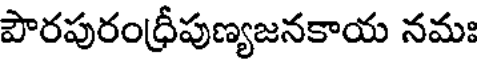
పౌరపురంధ్రీపుణ్యజనకాయ నమః